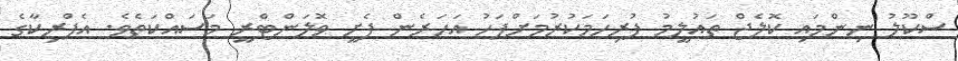
ސްކޫލު ނިންމައި ކޮލެޖް ތައުލީމު ފުރިހަމަކުރުމަށްފަހު އަހަރެން ފެށީ ވޮލަންޓްރީ މަސައްކަތެވެ. އެފްރިކާގެ